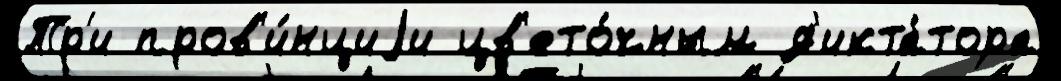
Тр'и пров'и́нциjи цв'ето́чным д'икта́тора